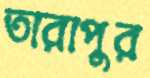
তারাপুর